Annual administration report of the Civil Veterinary Department of India - 1898-1899
Year: 1898
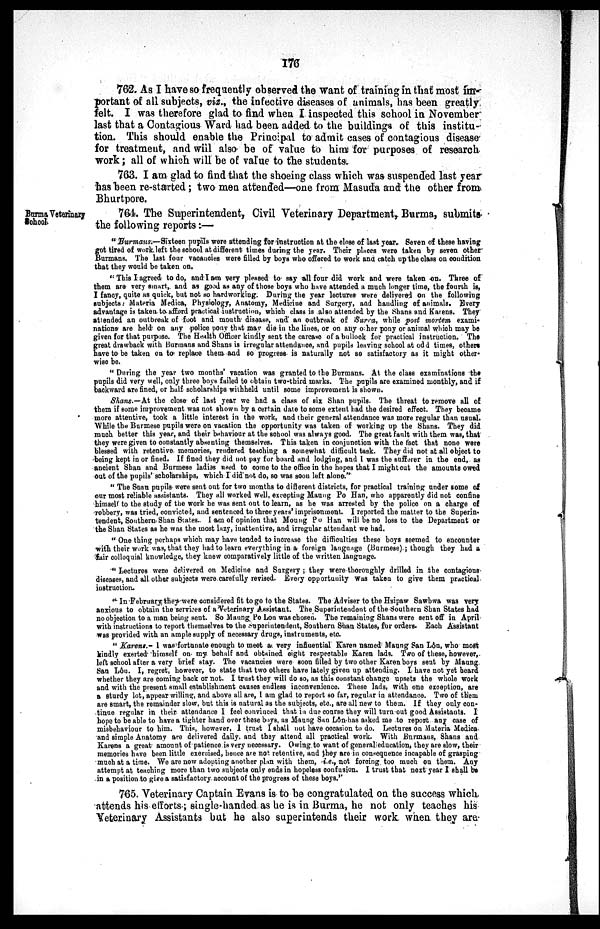
176
762. As I have so frequently observed the want of training in that most im-
portant of all subjects, viz., the infective diseases of animals, has been greatly
felt. I was therefore glad to find when I inspected this school in November
last that a Contagious Ward had been added to the buildings of this institu-
tion. This should enable the Principal to admit cases of contagious disease
for treatment, and will also be of value to him for purposes of research
work; all of which will be of value to the students.
763. I am glad to find that the shoeing class which was suspended last year
has been re-started; two men attended—one from Masuda and the other from
Bhurtpore.
Burma Veterinary
School.
764. The Superintendent, Civil Veterinary Department, Burma, submits
the following reports :—
" Burmans.—Sixteen pupils were attending for instruction at the close of last year. Seven of these having
got tired of work left the school at different times during the year. Their places were taken by seven other
Burmans. The last four vacancies were filled by boys who offered to work and catch up the class on condition
that they would be taken on.
" This I agreed to do, and I am very pleased to say all four did work and were taken on. Three of
them are very smart, and as good as any of those boys who have attended a much longer time, the fourth is,
I fancy, quite as quick, but not so hardworking. During the year lectures were delivered on the following
subjects: Materia Medica, Physiology, Anatomy, Medicine and Surgery, and handling of animals. Every
advantage is taken to afford practical instruction, which class is also attended by the Shans and Karens. They
attended an outbreak of foot and mouth disease, and an outbreak of Surra, while post mortem exami-
nations are held on any police pony that may die in the lines, or on any other pony or animal which may be
given for that purpose. The Health Officer kindly sent the carcase of a bullock for practical instruction. The
great drawback with Burmans and Shans is irregular attendance, and pupils leaving school at odd times, others
have to be taken on to replace them and so progress is naturally not so satisfactory as it might other-
wise be.
"During the year two months' vacation was granted to the Burmans. At the class examinations the
pupils did very well, only three boys failed to obtain two-third marks. The pupils are examined monthly, and if
backward are fined, or half scholarships withheld until some improvement is shown.
Shans.—At the close of last year we had. a class of six Shan pupils. The threat to remove all of
them if some improvement was not shown by a certain date to some extent had the desired effect. They became
more attentive, took a little interest in the work, and their general attendance was more regular than usual.
While the Burmese pupils were on vacation the opportunity was taken of working up the Shans. They did
much better this year, and their behaviour at the school was always good. The great fault with them was, that
they were given to constantly absenting themselves. This taken in conjunction with the fact that none were
blessed with retentive memories, rendered teaching a somewhat difficult task. They did not at all object to
being kept in or fined. If fined they did not pay for board and lodging, and I was the sufferer in the end, as
ancient Shan and Burmese ladies used to come to the office in the hopes that I might cut the amounts owed
out of the pupils' scholarships, which I did not do, so was soon left alone."
" The Shan pupils were sent out for two months to different districts, for practical training under some of
our most reliable assistants. They all worked well, excepting Maung Po Han, who apparently did not confine
himself to the study of the work he was sent out to learn, as he was arrested by the police on a charge of
robbery, was tried, convicted, and sentenced to three years' imprisonment. I reported the matter to the Superin-
tendent, Southern Shan States. I am of opinion that Moung Po Han will be no loss to the Department or
the Shan States as he was the most lazy, inattentive, and irregular attendant we had.
" One thing perhaps which may have tended to increase the difficulties these boys seemed to encounter
with their work was, that they had to learn everything in a foreign language (Burmese) ; though they had a
fair colloquial knowledge, they knew comparatively little of the written language.
" Lectures were delivered on Medicine and Surgery ; they were thoroughly drilled in the contagions
diseases, and all other subjects were carefully revised. Every opportunity was taken to give them practical
instruction.
" In February, they were considered fit to go to the States. The Adviser to the Hsipaw Sawbwa was very
anxious to obtain the services of a Veterinary Assistant. The Superintendent of the Southern Shan States had
no objection to a man being sent. So Maung Po Lon was chosen. The remaining Shans were sent off in April
with instructions to report themselves to the Superintendent, Southern Shan States, for orders. Each Assistant
was provided with an ample supply of necessary drugs, instruments, etc.
" Karens.- I was fortunate enough to meet a very influential Karen named Maung San Lôn, who most
kindly exerted himself on my behalf and obtained eight respectable Karen lads. Two of these, however,
left school after a very brief stay. The vacancies were soon filled by two other Karen boys sent by Maung
San Lôu. I, regret, however, to state that two others have lately given up attending. I have not yet heard
whether they are coming back or not. I trust they will do so, as this constant change upsets the whole work
and with the present small establishment causes endless inconvenience. These lads, with one exception, are
a sturdy lot, appear willing, and above all are, I am glad to report so far, regular in attendance. Two of them
are smart, the remainder slow, but this is natural as the subjects, etc., are all new to them. If they only con-
tinue regular in their attendance I feel convinced that in due course they will turn out good Assistants. I
hope to be able to have a tighter hand over these boys, as Maung San Lôn has asked me to report any case of
misbehaviour to him. This, however, I trust I shall not have occasion to do. Lectures on Materia Medica
and simple Anatomy are delivered daily, and they attend all practical work. With Burmaus, Shans and
Karens a great amount of patience is very necessary. Owing to want of general education, they are slow, their
memories have been little exercised, hence are not retentive, and they are in consequence incapable of grasping
much at a time. We are now adopting another plan with them, i.e., not forcing too much on them. Any
attempt at teaching more than two subjects only ends in hopeless confusion. I trust that next year I shall be
in a position to give a satisfactory account of the progress of these boys."
765. Veterinary Captain Evans is to be congratulated on the success which
attends his efforts; single-handed as he is in Burma, he not only teaches his
Veterinary Assistants but he also superintends their work when they are